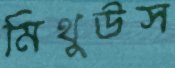
মিথুউস